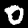
Digit: 0